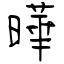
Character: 曄